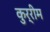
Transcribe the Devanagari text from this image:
कुर्रीम